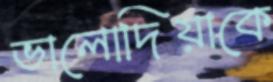
ভালোদিয়াকে